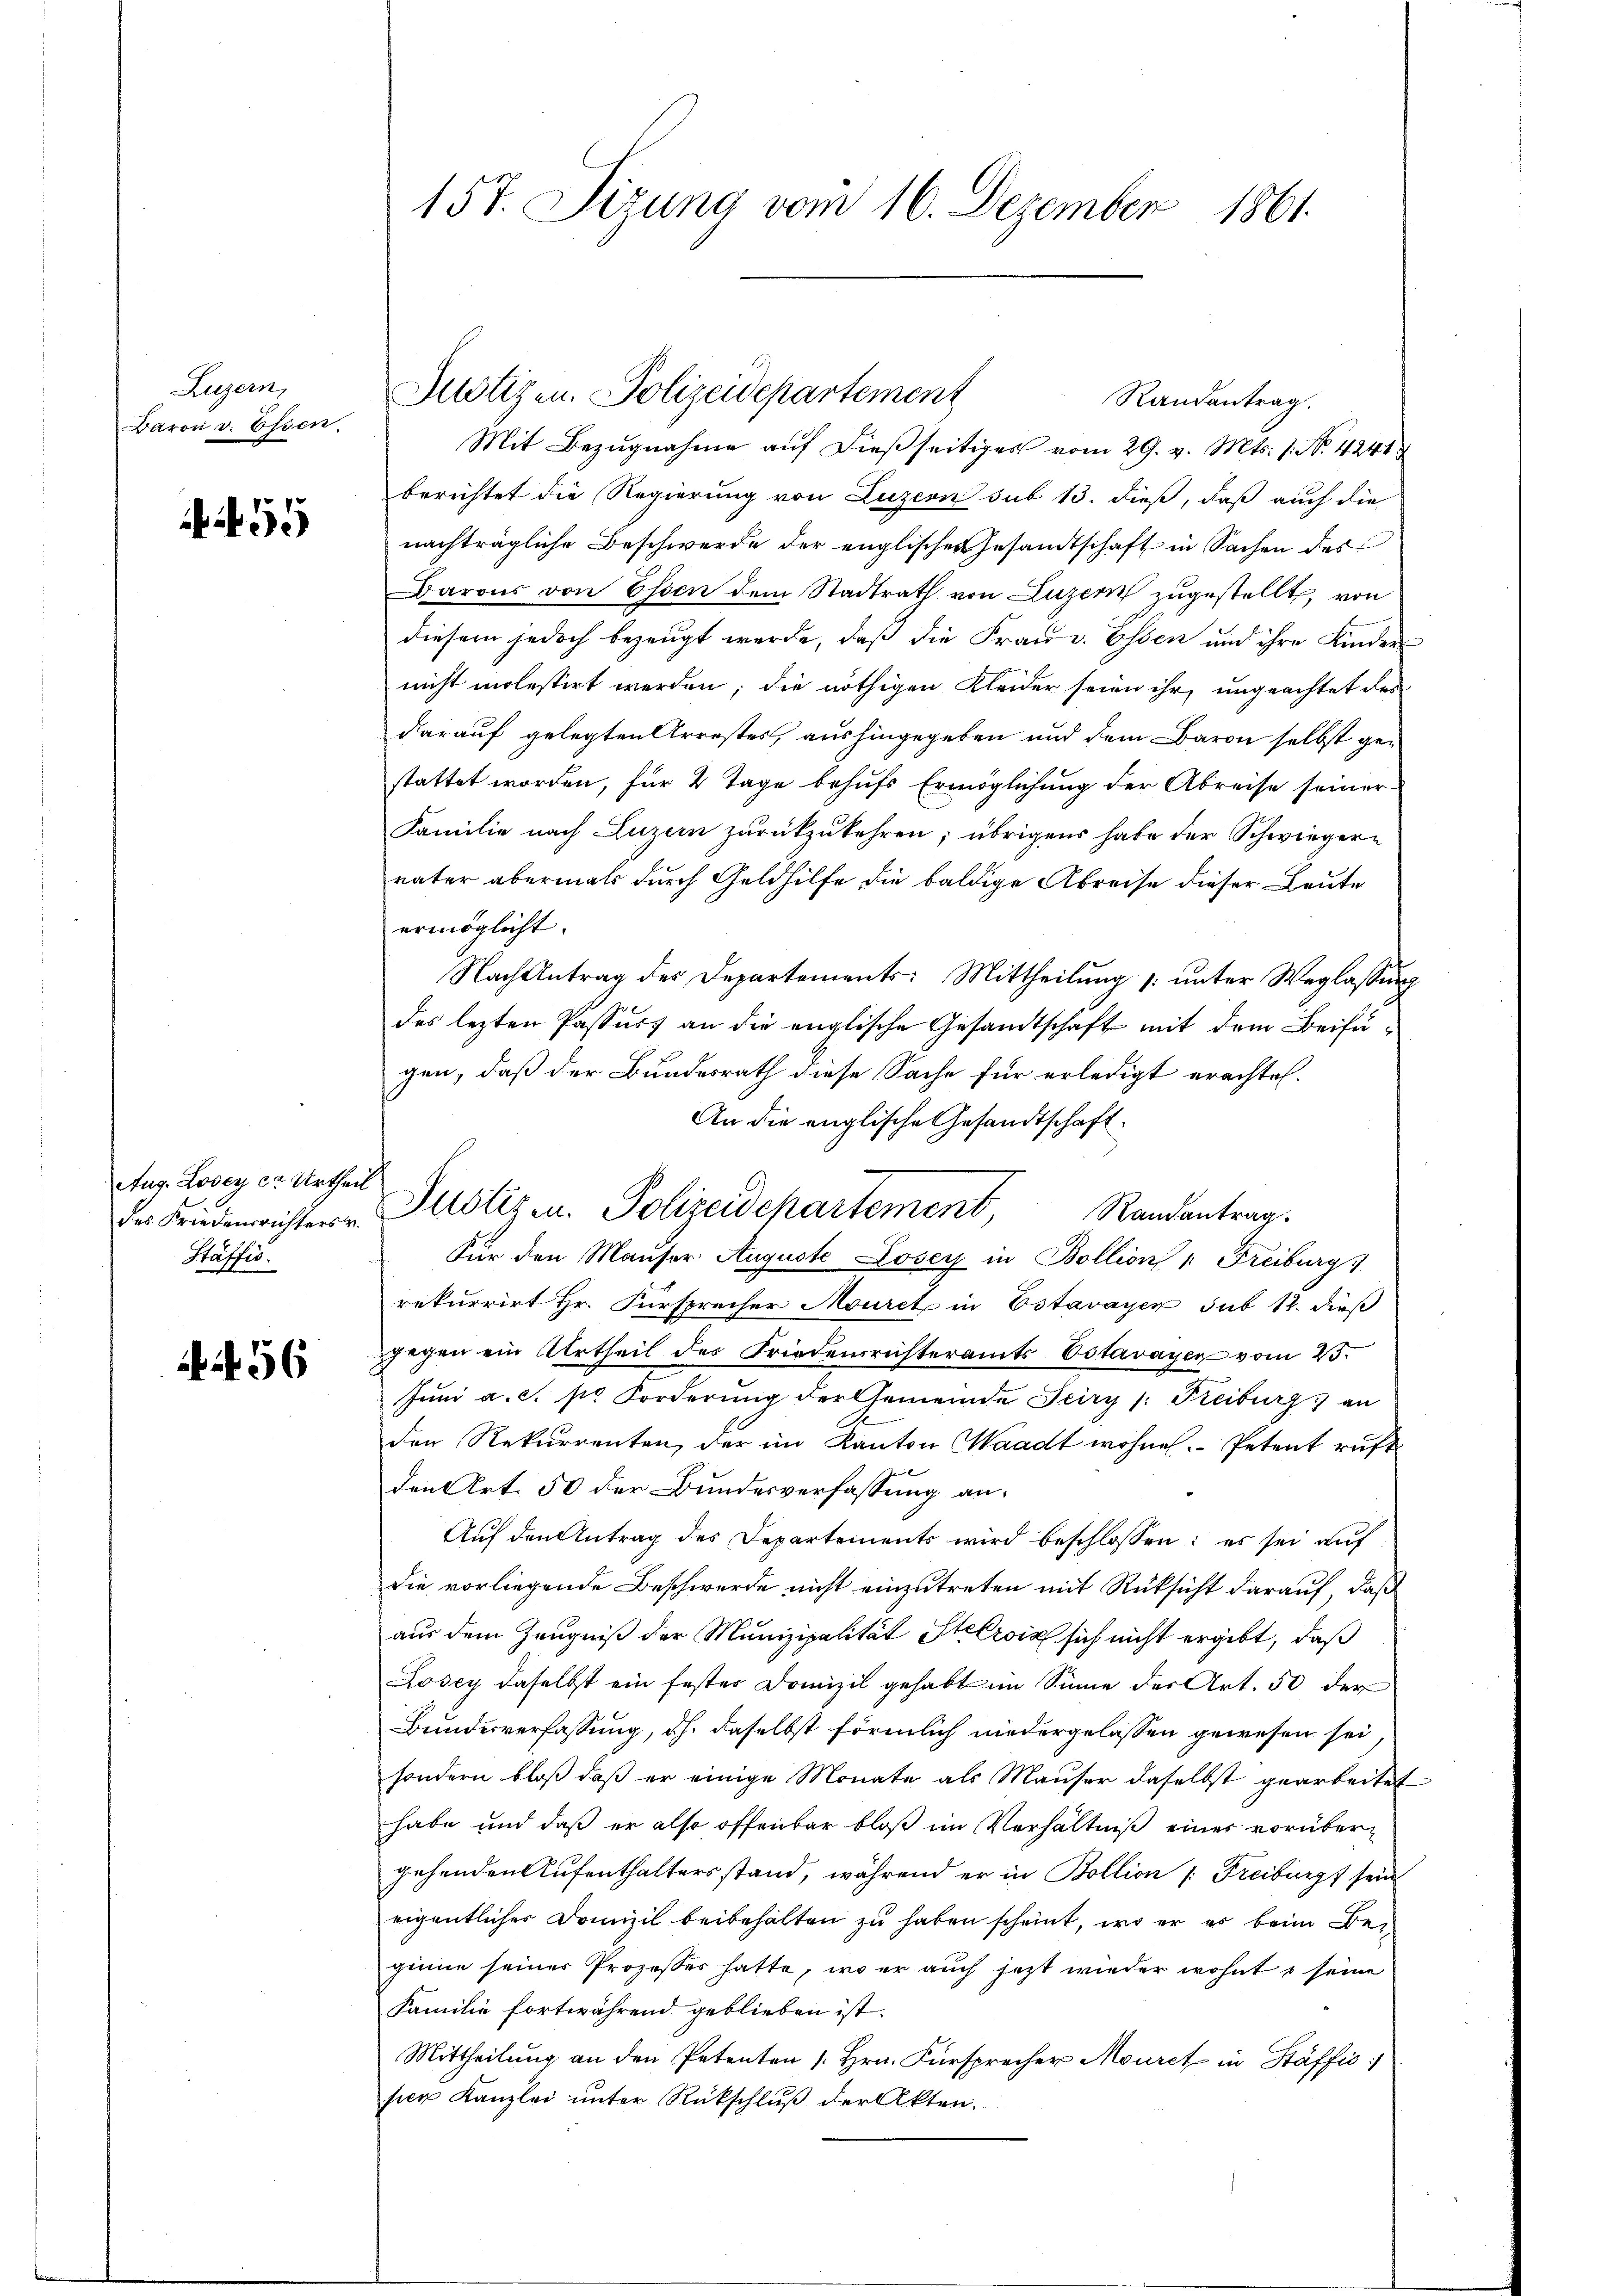
Luzern,
Baron v. Essen.

5

Aug. Lovey cr Urtheil
des Friedensrichters v.
Stäffig.

56

157. Sizung vom 16. Dezember 1861.

Randantrag.
Mit Bezugnahme auf dießseitiges vom 29. v. Mts. 1. No. 4241
berichtet die Regierung von Luzern sub 13. dieß, daß auch die
nachträgliche Beschwerde der englisches Gesandtschaft in Sachen des
Darons von Essen dem Stadtrath von Luzern zugestellt, von
diesem jedoch bezeugt werde, daß die Frau v. Essen und ihre Kinder
nicht molestirt werden; die nöthigen Kleider seien ihr, ungeachtet des
darauf gelegten Arrestes, aushingegeben und dem Baron selbst gestattet worden, für 2 Tage behufs Ermöglichung der Abreise seiner
Familie nach Luzern zurückzukehren; übrigens habe der Schwiegervater abermals durch Geldhilfe die baldige Abreise dieser Leute
ermöglicht.
Nach Antrag des Departements: Mittheilung [unter Weglassung
des lezten Passus an die englische Gesandtschaft mit dem Beifügen, daß der Bundesrath diese Sache für erledigt erachtet.
An die englische Gesandtschaft.
Justiz u. Polizeidepartement Randantrag.
Für den Mauser Auguste Losey in Bollion " Freiburg
rekurrirt Hr. Fürsprecher Mouret in Estavayer sub 12. dieß
gegen ein Urtheil des Friedensrichteramts Estavayer vom 25.
Jŭni a. c. pr. Forderung der Gemeinde Feiry (: Freiburg an
den Rekurrenten, der im Kanton Waadt wohne Petent ruft
den Art. 50 der Bundesverfassung an.
Auf den Antrag des Departements wird beschlossen: es sei auf
die vorliegende Beschwerde nicht einzutreten mit Rücksicht darauf, daß
aus dem Zeugniß der Munizipalität Stelrois sich nicht ergibt, daß
Lösey daselbst ein fester Domizil gehabt im Sinne der Art. 50 der
Bundesverfassung, ah. daselbst förmlich niedergelassen gewesen sei,
sondern bloβ daβ er einige Monate als Maŭser daselbst gearbeitet
habe und daß er also offenbar bloß im Verhältniß einer vorübergehenden Aufenthaltersstand, während er in Bollion |: Freiburg sein
eigentliches Domizil beibehalten zu haben scheint, wo er er beim Begine seiner Prozesses hatte, wo er auch jetzt wieder wohnt s seine
Familie fortwährend geblieben ist.
Mittheilung an den Petenten /: Hrn. Fürsprecher Mourct in Stäffić:
sien Kanzlei unter Rückschluß der Akten.

Potizen. Polizeidepartement